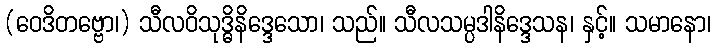
(ဝေဒိတဗ္ဗော၊) သီလဝိသုဒ္ဓိနိဒ္ဒေသော၊ သည်။ သီလသမ္ပဒါနိဒ္ဒေသန၊ နှင့်။ သမာနော၊